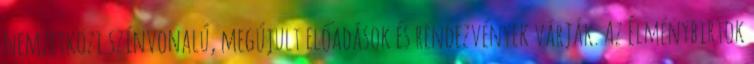
nemzetközi színvonalú, megújult előadások és rendezvények várják. Az Élménybirtok